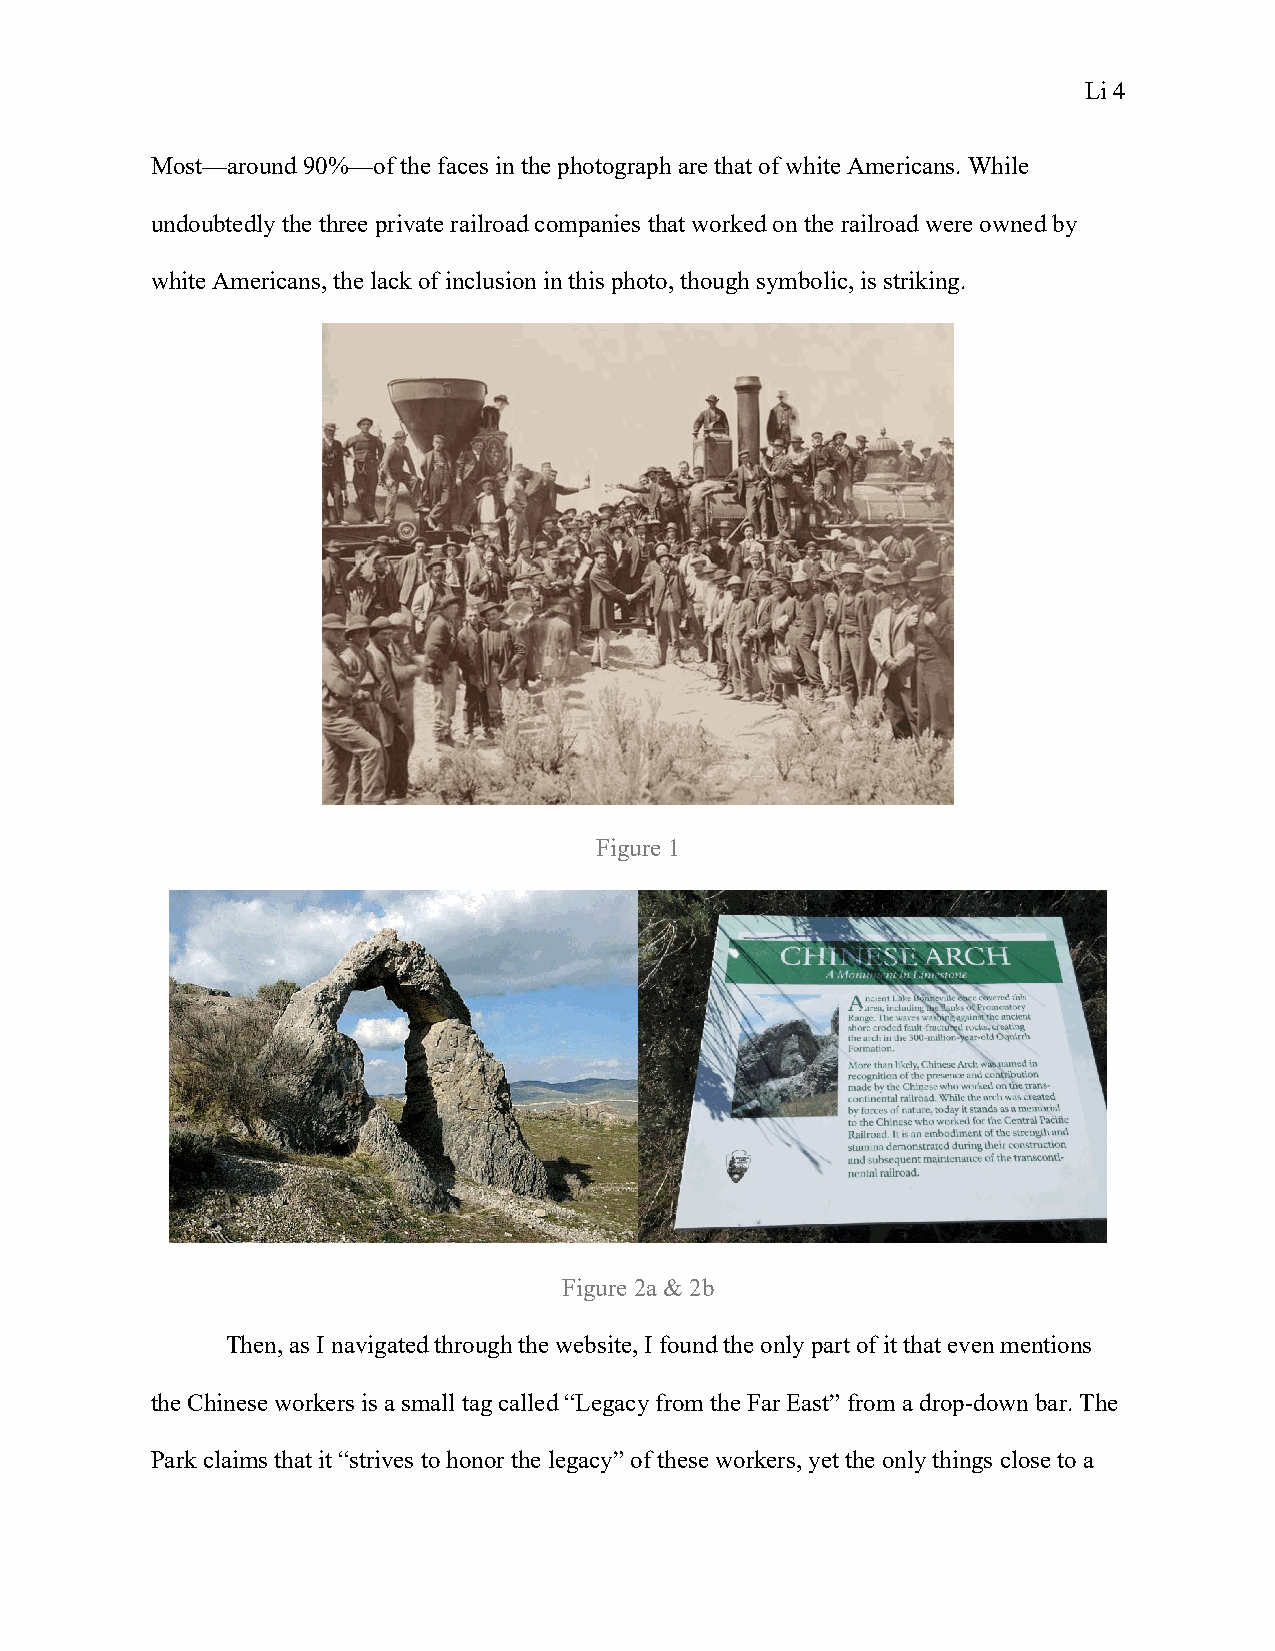
Li 4
 Most—around 90%—of the faces in the photograph are that of white Americans. While
 undoubtedly the three private railroad companies that worked on the railroad were owned by
 white Americans, the lack of inclusion in this photo, though symbolic, is striking.
 Figure 1
 Figure 2a & 2b
 Then, as I navigated through the website, I found the only part of it that even mentions
 the Chinese workers is a small tag called “Legacy from the Far East” from a drop-down bar. The
 Park claims that it “strives to honor the legacy” of these workers, yet the only things close to a